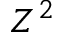
Z ^ { 2 }